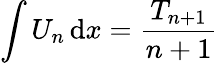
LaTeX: \int U_{n}\, \mathrm{d}x={\frac{\, T_{n+1}\, }{n+1}}